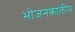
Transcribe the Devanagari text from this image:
भोजनकालीन